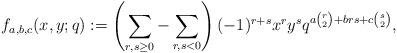
LaTeX: \begin{align*}f_{a,b,c}(x,y;q) := \left(\sum_{r,s\geq 0} - \sum_{r,s <0}\right)(-1)^{r+s}x^ry^sq^{a\binom{r}{2}+brs+c\binom{s}{2}},\end{align*}